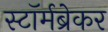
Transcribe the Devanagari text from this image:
स्टॉर्मब्रेकर